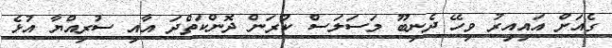
ގެއަށް އައިއިރު ވިހޭ ދެނިބޫ މަސަލަސް ކުރަން ދޮންކަތްދަ އާއި ސުރިއްޔާ އުޅެ